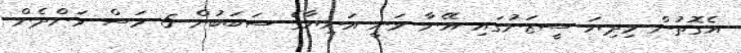
އެގޮތުން މިދިޔަ ސީޒަނުގައި އޭނާ ވަނީ އަނިޔާގެ ސަބަބުން 5 މަސް ވަންދެން